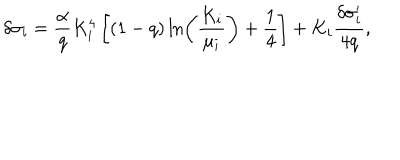
\delta \sigma _ { i } = { \frac { \alpha } { q } } K _ { i } ^ { 4 } \left[ ( 1 - q ) \ln \left( { \frac { K _ { i } } { \mu _ { i } } } \right) + { \frac { 1 } { 4 } } \right] + K _ { i } { \frac { \delta \sigma _ { i } ^ { \prime } } { 4 q } } ,